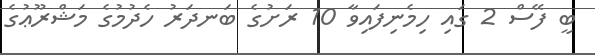
ބީ ފޭސް 2 ގައި ހިމެނިފައިވާ 10 ރަށުގެ ބަނދަރު ހެދުމުގެ މަޝްރޫޢުގެ